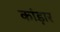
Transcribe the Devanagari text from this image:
कांड़ार